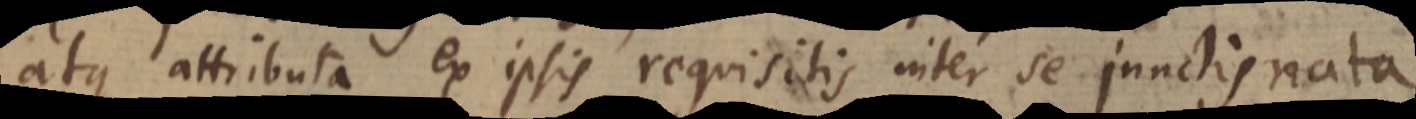
atque attributa ex ipsis requisitis inter se junctis nata